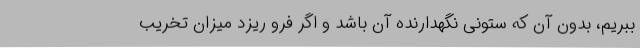
ببریم، بدون آن که ستونی نگهدارنده آن باشد و اگر فرو ریزد میزان تخریب